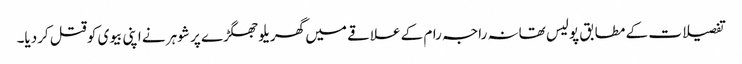
تفصیلات کے مطابق پولیس تھانہ راجہ رام کے علاقے میں گھریلو جھگڑے پر شوہر نے اپنی بیوی کو قتل کردیا۔